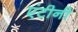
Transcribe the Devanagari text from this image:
एंटीनी